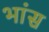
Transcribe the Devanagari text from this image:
भांस